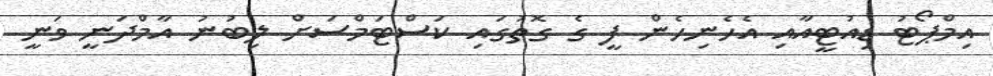
އިމްޕޯޓު ޑިއުޓީއާއި އެހެނިހެން ފީ ގެ ގޮތުގައި ކަސްޓަމްސަށް ލިބުނު އާމްދަނީ ވަނީ